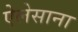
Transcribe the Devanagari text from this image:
ऐलेसाना